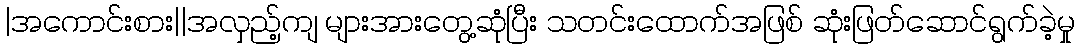
|အကောင်းစား||အလှည့်ကျ များအားတွေ့ဆုံပြီး သတင်းထောက်အဖြစ် ဆုံးဖြတ်ဆောင်ရွက်ခဲ့မှု